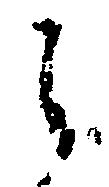
し